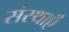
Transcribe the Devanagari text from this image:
संस्थाऍं